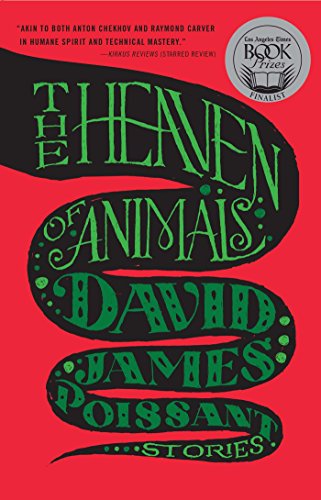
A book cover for The Heaven of Animals: Stories; David James Poissant; Science Fiction & Fantasy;